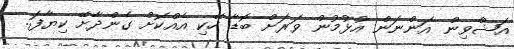
އަޝްވިން އަންނަން އުޅުމުން ވަރަށް ބޮޑާ ހޭކި އެއްކޮށް ގެންދާށޭ ކިޔާފަ..